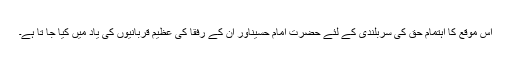
اس موقع کا اہتمام حق کی سربلندی کے لئے حضرت امام حسینؓاور ان کے رفقا کی عظیم قربانیوں کی یاد میں کیا جا تا ہے۔